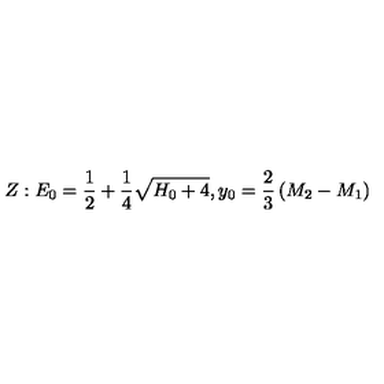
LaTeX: Z : E _ { 0 } = { \frac { 1 } { 2 } } + { \frac { 1 } { 4 } } \sqrt { H _ { 0 } + 4 } , y _ { 0 } = { \frac { 2 } { 3 } } \left( M _ { 2 } - M _ { 1 } \right)